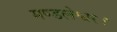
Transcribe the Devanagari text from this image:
मण्डलेश्वर।